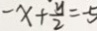
- x + \frac { y } { 2 } = - 5